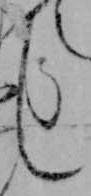
し